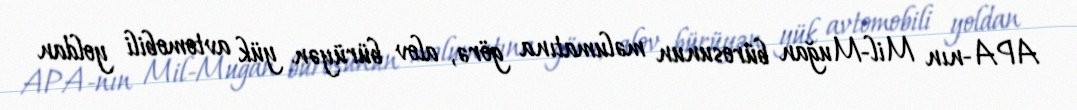
APA-nın Mil-Muğan bürosunun məlumatına görə, alov bürüyən yük avtomobili yoldan